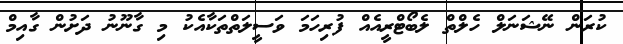
ކުރަން ނޭޝަނަލް ހެލްތް ލެބޯޓްރީއެއް ފުރިހަމަ ވަސީލަތްތަކާއެކު މި ގާނޫނު ދަށުން ގާއިމް